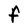
Character: F